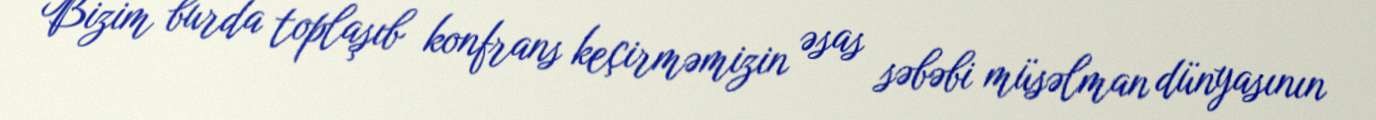
Bizim burda toplaşıb konfrans keçirməmizin əsas səbəbi müsəlman dünyasının